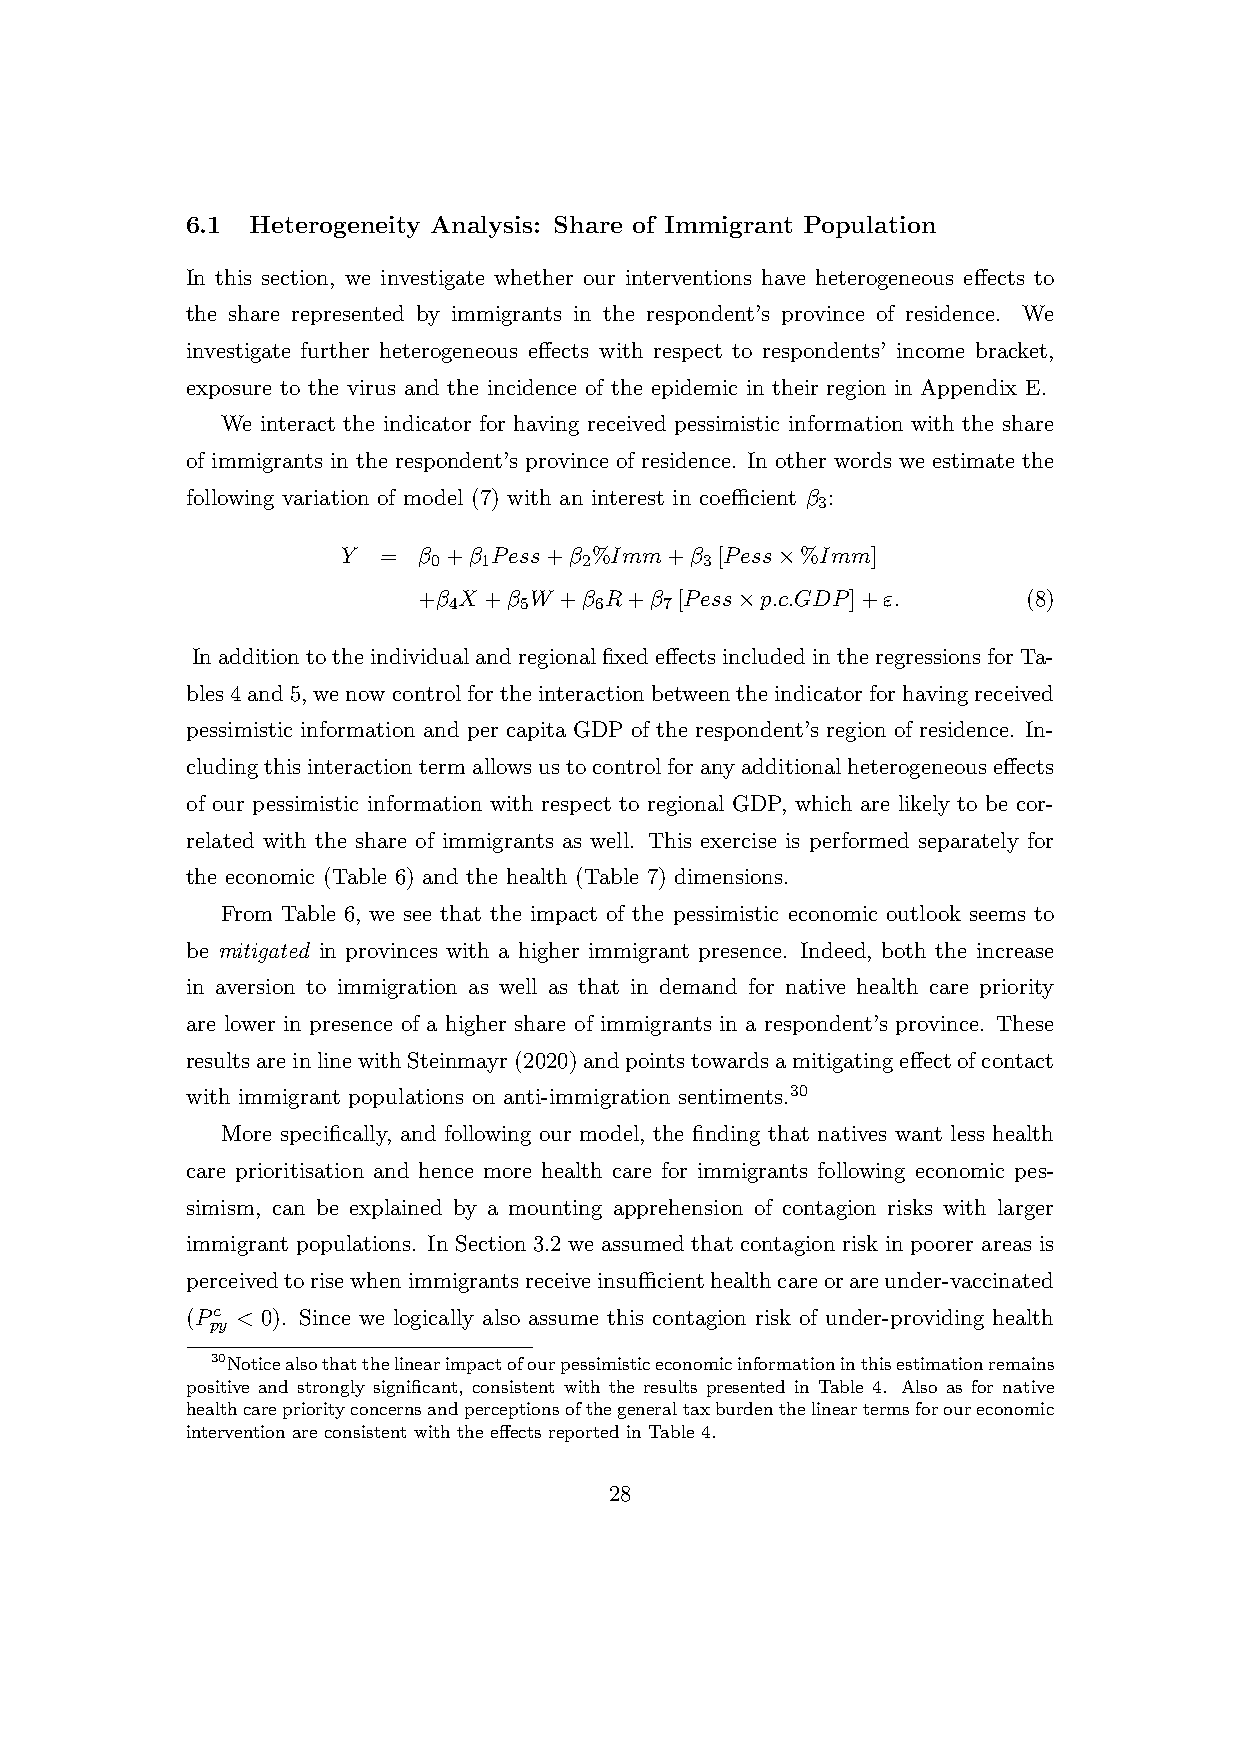
6.1  Heterogeneity Analysis: Share of Immigrant Population
 In this section, we investigate whether our interventions have heterogeneous effects to
 the share represented by immigrants in the respondent’s province of residence. We
 investigate further heterogeneous effects with respect to respondents’ income bracket,
 exposure to the virus and the incidence of the epidemic in their region in Appendix E.
 We interact the indicator for having received pessimistic information with the share
 of immigrants in the respondent’s province of residence. In other words we estimate the
 following variation of model (7) with an interest in coefficient β :
 3
 Y =  β +β Pess+β %Imm+β [Pess×%Imm]
 0  1     2        3
 +β X +β W +β R+β [Pess×p.c.GDP]+ε.      (8)
 4   5    6    7
 InadditiontotheindividualandregionalfixedeffectsincludedintheregressionsforTa-
 bles4and5, wenowcontrolfortheinteractionbetweentheindicatorforhavingreceived
 pessimistic information and per capita GDP of the respondent’s region of residence. In-
 cludingthisinteractiontermallowsustocontrolforanyadditionalheterogeneouseffects
 of our pessimistic information with respect to regional GDP, which are likely to be cor-
 related with the share of immigrants as well. This exercise is performed separately for
 the economic (Table 6) and the health (Table 7) dimensions.
 From Table 6, we see that the impact of the pessimistic economic outlook seems to
 be mitigated in provinces with a higher immigrant presence. Indeed, both the increase
 in aversion to immigration as well as that in demand for native health care priority
 are lower in presence of a higher share of immigrants in a respondent’s province. These
 resultsareinlinewithSteinmayr(2020)andpointstowardsamitigatingeffectofcontact
 with immigrant populations on anti-immigration sentiments.30
 More specifically, and following our model, the finding that natives want less health
 care prioritisation and hence more health care for immigrants following economic pes-
 simism, can be explained by a mounting apprehension of contagion risks with larger
 immigrant populations. In Section 3.2 we assumed that contagion risk in poorer areas is
 perceivedtorisewhenimmigrantsreceiveinsufficienthealthcareorareunder-vaccinated
 (Pc < 0). Since we logically also assume this contagion risk of under-providing health
 py
 30Noticealsothatthelinearimpactofourpessimisticeconomicinformationinthisestimationremains
 positive and strongly significant, consistent with the results presented in Table 4. Also as for native
 healthcarepriorityconcernsandperceptionsofthegeneraltaxburdenthelineartermsforoureconomic
 intervention are consistent with the effects reported in Table 4.
 28